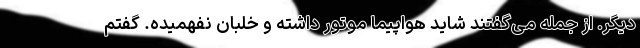
دیگر. از جمله می‌گفتند شاید هواپیما موتور داشته و خلبان نفهمیده. گفتم